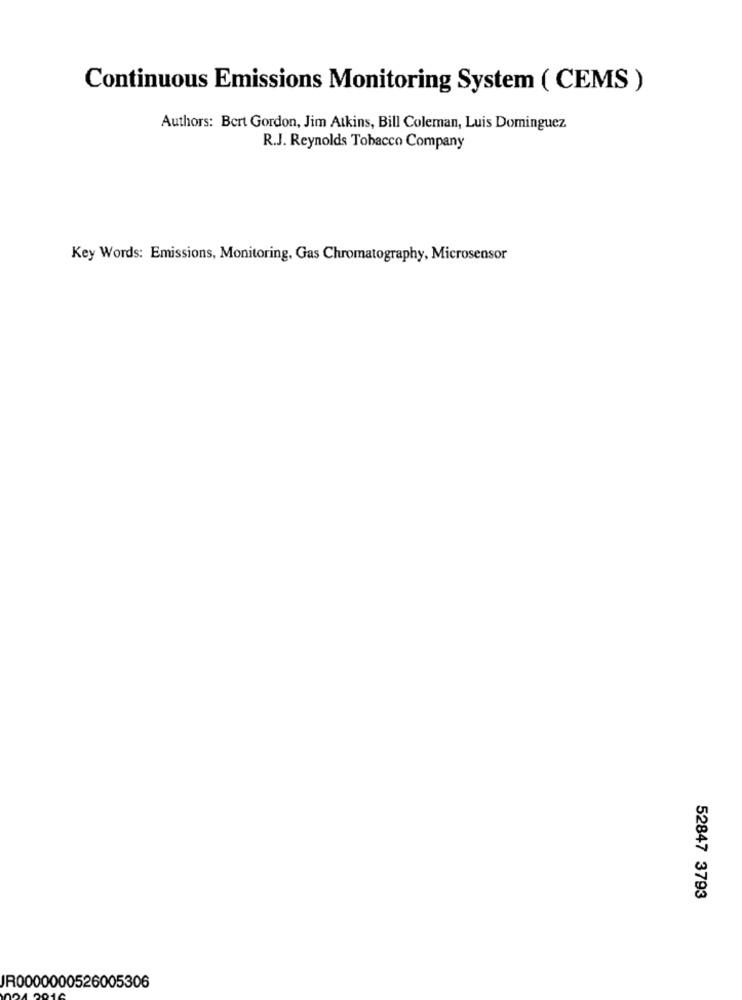
Continuous Emissions Monitoring System ( CEMS )
Authors: Bert Gordon, Jim Atkins, Bill Coleman, Luis Dominguez
R.J. Reynolds Tobacco Company
Key Words: Emissions, Monitoring, Gas Chromatography, Microsensor
52847 3793
JR0000000526005306